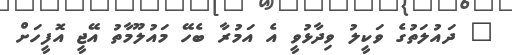
" ދައުލަތުގެ ވަކީލު ވިދާޅުވީ އެ އަމުރާ ބެހޭ މައުލޫމާތު އޭޖީ އޮފީހަށް